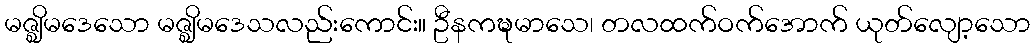
မဇ္ဈိမဒေသော မဇ္ဈိမဒေသလည်းကောင်း။ ဦနကဍ္ဎမာသေ၊ တလထက်ဝက်အောက် ယုတ်လျော့သော